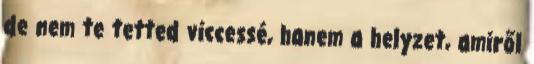
de nem te tetted viccessé, hanem a helyzet, amiről